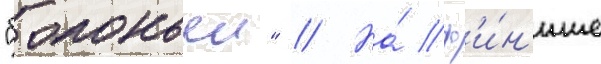
"болоньеи" // На́ ф'и́н'ише